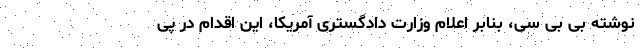
نوشته بی بی سی، بنابر اعلام وزارت دادگستری آمریکا، این اقدام در پی